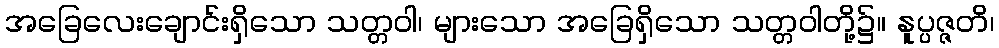
အခြေလေးချောင်းရှိသော သတ္တဝါ၊ များသော အခြေရှိသော သတ္တဝါတို့၌။ နူပ္ပဇ္ဇတိ၊